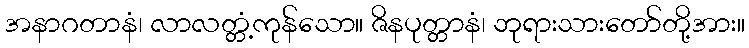
အနာဂတာနံ၊ လာလတ္တံ့ကုန်သော။ ဇိနပုတ္တာနံ၊ ဘုရားသားတော်တို့အား။